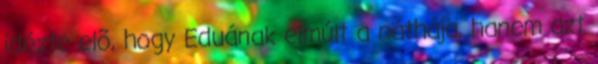
idézte elõ, hogy Eduának elmúlt a náthája, hanem azt